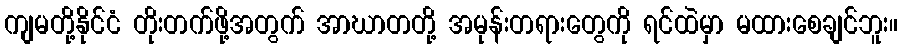
ကျမတို့နိုင်ငံ တိုးတက်ဖို့အတွက် အာဃာတတို့ အမုန်းတရားတွေကို ရင်ထဲမှာ မထားစေချင်ဘူး။